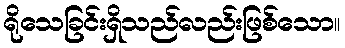
ရိုသေခြင်းရှိသည်လည်းဖြစ်သော။